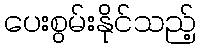
ပေးစွမ်းနိုင်သည့်